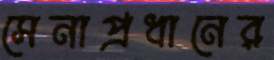
সেনাপ্রধানের